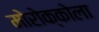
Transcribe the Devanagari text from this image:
मोरोक्कोला